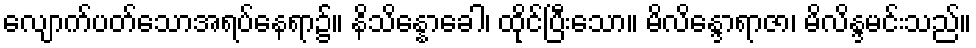
လျောက်ပတ်သောအရပ်နေရာ၌။ နိသိန္နောခေါ၊ ထိုင်ပြီးသော။ မိလိန္ဒောရာဇာ၊ မိလိန္ဒမင်းသည်။